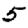
Digit: 5